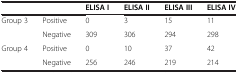
|  |  | ELISA I | ELISA II | ELISA III | ELISA IV |
 | --- | --- | --- | --- | --- | --- |
 | <ROWSPAN=2> Group 3 | Positive | 0 | 3 | 15 | 11 |
 | Negative | 309 | 306 | 294 | 298 |
 | <ROWSPAN=2> Group 4 | Positive | 0 | 10 | 37 | 42 |
 | Negative | 256 | 246 | 219 | 214 |